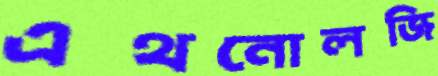
এথনোলজি